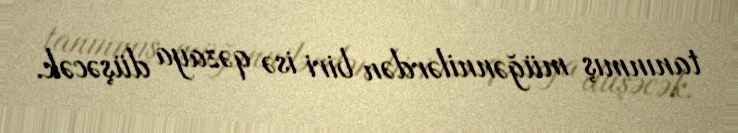
tanınmış müğənnilərdən biri isə qəzaya düşəcək.